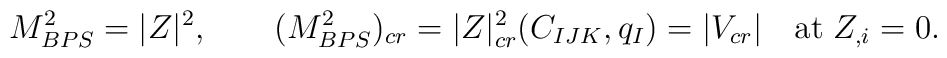
M^2_{BPS} = |Z|^2, \qquad  ( M^2_{BPS})_{cr} =|Z|_{cr}^2(C_{IJK}, q_I)=| V_{cr}|  \quad  {\rm  at} \; Z_{,i}=0.